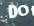
do